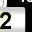
Digit: 2